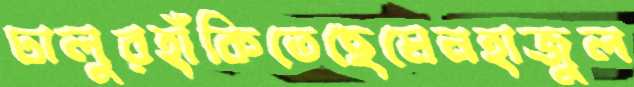
ঢালুরহাঁকিতেছেমেনহাজুল